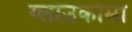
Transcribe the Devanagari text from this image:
ग्लाउकोमा